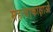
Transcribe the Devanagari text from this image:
महत्वाकाक्षाओं